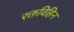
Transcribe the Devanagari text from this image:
रक्तविहिन